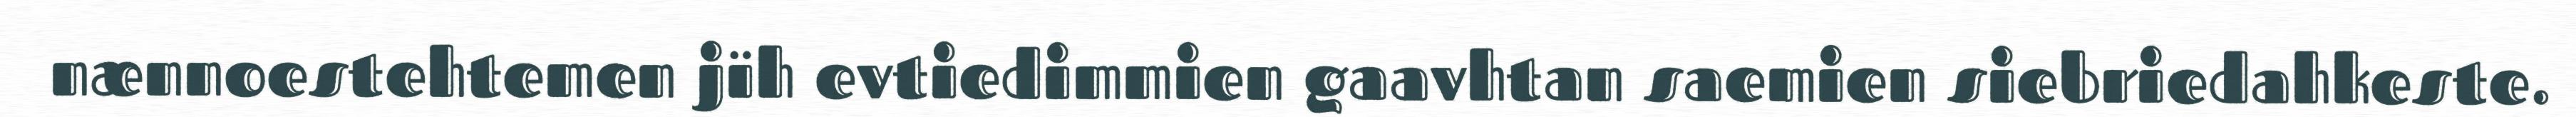
nænnoestehtemen jïh evtiedimmien gaavhtan saemien siebriedahkeste.